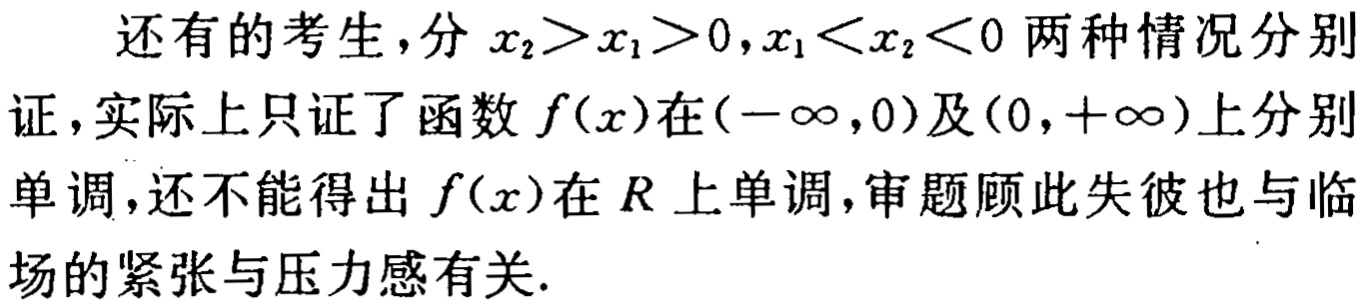
还有的考生，分\(x_{2}>x_{1}>0,x_{1}<x_{2}<0\)两种情况分别证，实际上只证了函数\(f(x)\)在\((-\infty,0)\)及\((0,+\infty)\)上分别单调，还不能得出\(f(x)\)在\(R\)上单调，审题顾此失彼也与临场的紧张与压力感有关.